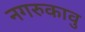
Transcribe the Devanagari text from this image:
नगरुकावु